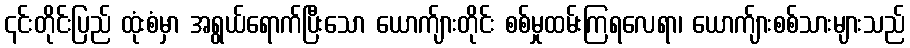
၎င်းတိုင်းပြည် ထုံးစံမှာ အရွယ်ရောက်ပြီးသော ယောက်ျားတိုင်း စစ်မှုထမ်းကြရလေရာ၊ ယောက်ျားစစ်သားများသည်